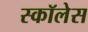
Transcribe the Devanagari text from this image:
स्कॉलेस